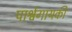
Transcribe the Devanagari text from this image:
पार्श्वगायकी